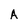
Character: A